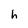
Character: h